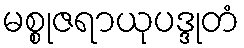
မစ္စုဇရာယုပဒ္ဒုတံ